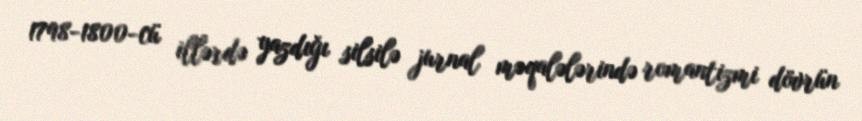
1798-1800-cü illərdə yazdığı silsilə jurnal məqalələrində romantizmi dövrün